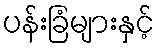
ပန်းခြံများနှင့်